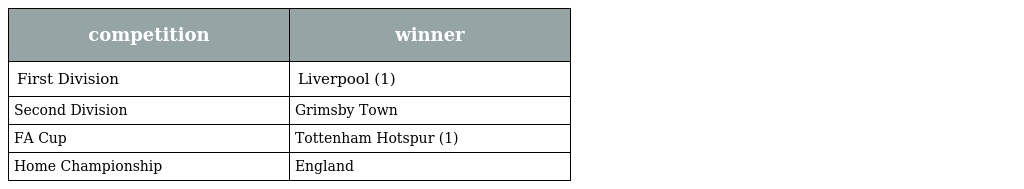
| competition | winner |
 | --- | --- |
 | First Division | Liverpool (1) |
 | Second Division | Grimsby Town |
 | FA Cup | Tottenham Hotspur (1) |
 | Home Championship | England |